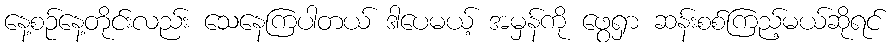
နေ့စဉ်နေ့တိုင်းလည်း သေနေကြပါတယ် ဒါပေမယ့် အမှန်ကို ဖွေရှာ ဆန်းစစ်ကြည့်မယ်ဆိုရင်